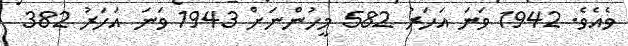
ވެއެވެ. 1942 ވަނަ އަހަރު 582 މީހުންނަށް 1943 ވަނަ އަހަރު 382